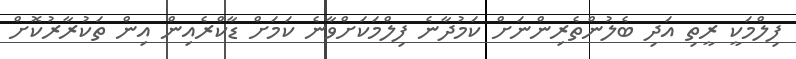
ފިލްމަކީ ރީތި އަދި ބެލުންތެރިންނަށް ކަމުދާނެ ފިލްމަކަށްވާނެ ކަމަށް ޑާކްރެއިން އިން ތަކުރާރުކޮށް